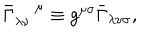
\bar { \Gamma } _ { \lambda \nu } ^ { \; \mu } \equiv g ^ { \mu \sigma } \bar { \Gamma } _ { \lambda \nu \sigma } ,